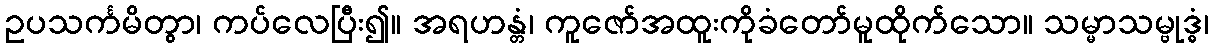
ဥပသင်္ကမိတွာ၊ ကပ်လေပြီး၍။ အရဟန္တံ၊ ကူဇော်အထူးကိုခံတော်မူထိုက်သော။ သမ္မာသမ္ဗုဒ္ဓံ၊